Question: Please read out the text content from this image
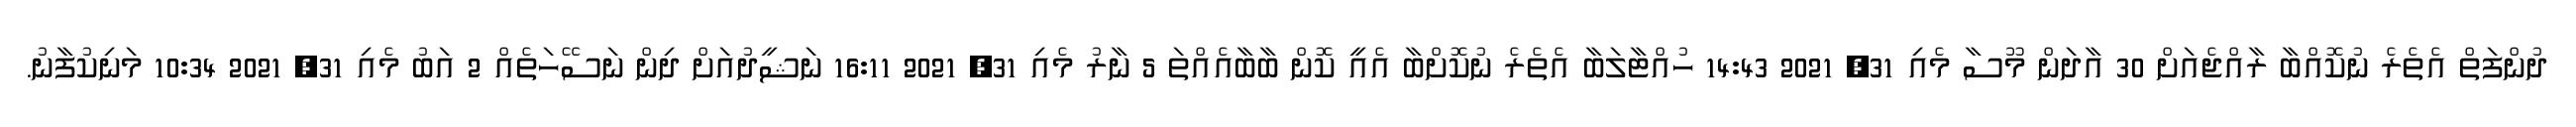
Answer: ދުންފަތް އެތެރެ ނުކޮއްބާ ރާއްޖެއަށް 30 އާދަން މޫސާ މެއި 31, 2021 14:43 ހުއްޓާލަބާ އެތެރެ ނުކޮށްބާ އެއީ ކޮން ބާބާއެއްތަ 5 ނާރު މެއި 31, 2021 16:11 ނަޝީދުއަށް ދިން ނަސޭހަތެއް 2 އަބު މެއި 31, 2021 10:34 މަނިކުފާނު.